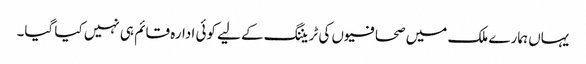
یہاں ہمارے ملک میں صحافیوں کی ٹریننگ کے لیے کوئی ادارہ قائم ہی نہیں کیا گیا۔